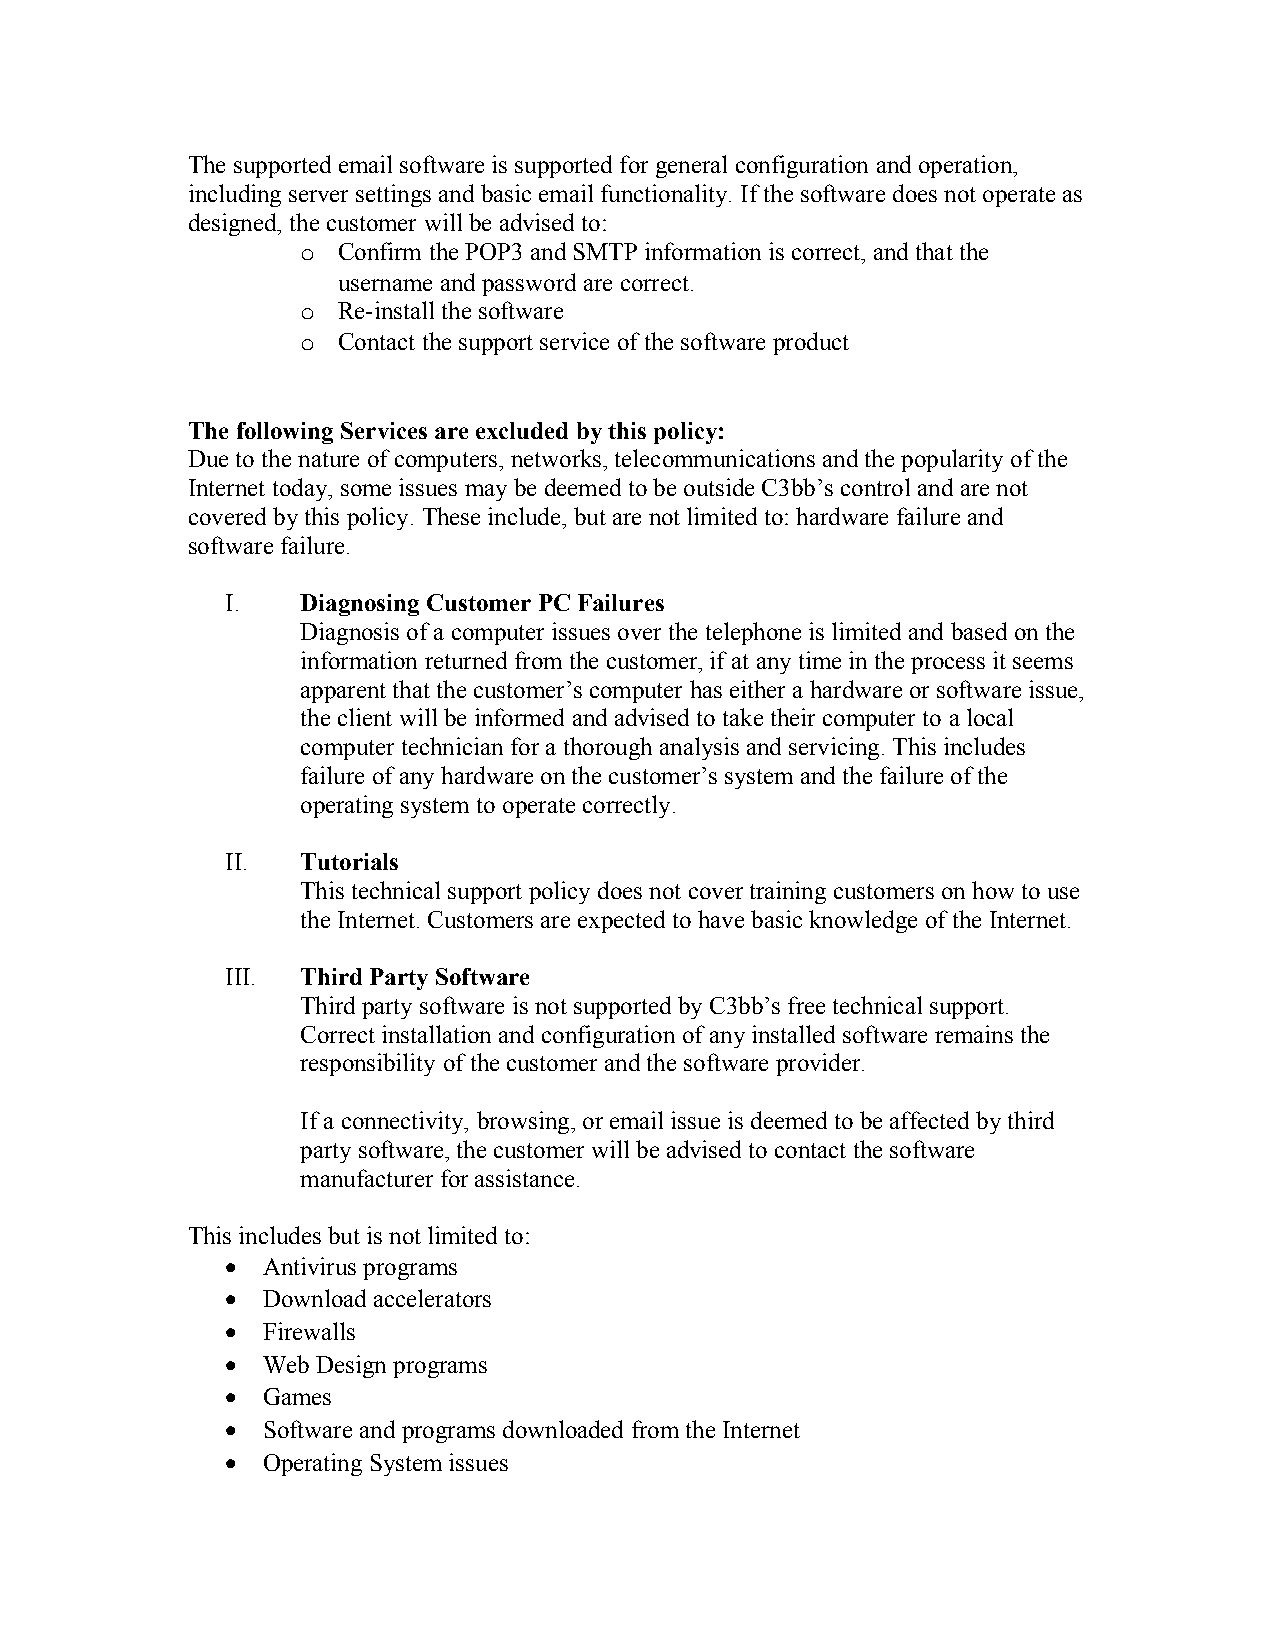
The supported email software is supported for general configuration and operation,
 including server settings and basic email functionality. If the software does not operate as
 designed, the customer will be advised to:
 o Confirm the POP3 and SMTP information is correct, and that the
 username and password are correct.
 o Re-install the software
 o Contact the support service of the software product
 The following Services are excluded by this policy:
 Due to the nature of computers, networks, telecommunications and the popularity of the
 Internet today, some issues may be deemed to be outside C3bb’s control and are not
 covered by this policy. These include, but are not limited to: hardware failure and
 software failure.
 I.   Diagnosing Customer PC Failures
 Diagnosis of a computer issues over the telephone is limited and based on the
 information returned from the customer, if at any time in the process it seems
 apparent that the customer’s computer has either a hardware or software issue,
 the client will be informed and advised to take their computer to a local
 computer technician for a thorough analysis and servicing. This includes
 failure of any hardware on the customer’s system and the failure of the
 operating system to operate correctly.
 II.  Tutorials
 This technical support policy does not cover training customers on how to use
 the Internet. Customers are expected to have basic knowledge of the Internet.
 III. Third Party Software
 Third party software is not supported by C3bb’s free technical support.
 Correct installation and configuration of any installed software remains the
 responsibility of the customer and the software provider.
 If a connectivity, browsing, or email issue is deemed to be affected by third
 party software, the customer will be advised to contact the software
 manufacturer for assistance.
 This includes but is not limited to:
 • Antivirus programs
 • Download accelerators
 • Firewalls
 • Web Design programs
 • Games
 • Software and programs downloaded from the Internet
 • Operating System issues